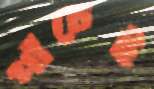
পাঁচেই